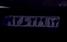
۹۲ط۲۴۹۱۳